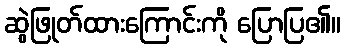
ဆွဲဖြုတ်ထားကြောင်းကို ပြောပြ၏။